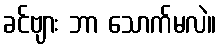
ခင်ဗျား ဘာ သောက်မလဲ။